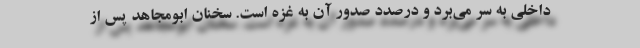
داخلی به سر می‌برد و درصدد صدور آن به غزه است. سخنان ابومجاهد پس از